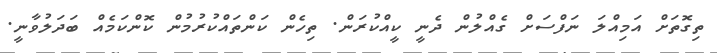
ތިގޮތަށް އަމިއްލަ ނަފްސަށް ގެއްލުން ދެނީ ކީއްކުރަން. ތިހެން ކަންތައްކުރުމުން ކޮންކަމެއް ބަދަލުވާނީ.